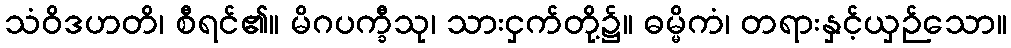
သံဝိဒဟတိ၊ စီရင်၏။ မိဂပက္ခီသု၊ သားငှက်တို့၌။ ဓမ္မိကံ၊ တရားနှင့်ယှဉ်သော။